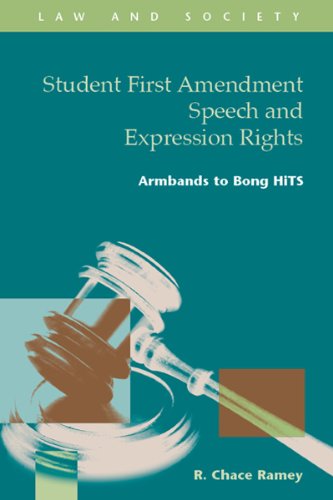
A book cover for Student First Amendment Speech and Expression Rights: Armbands to Bong HiTS (Law and Society: Recent Scholarship); R. Chace Ramey; Law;